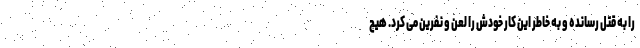
را به قتل رسانده و به خاطر این کار خودش را لعن و نفرین می کرد. هیچ